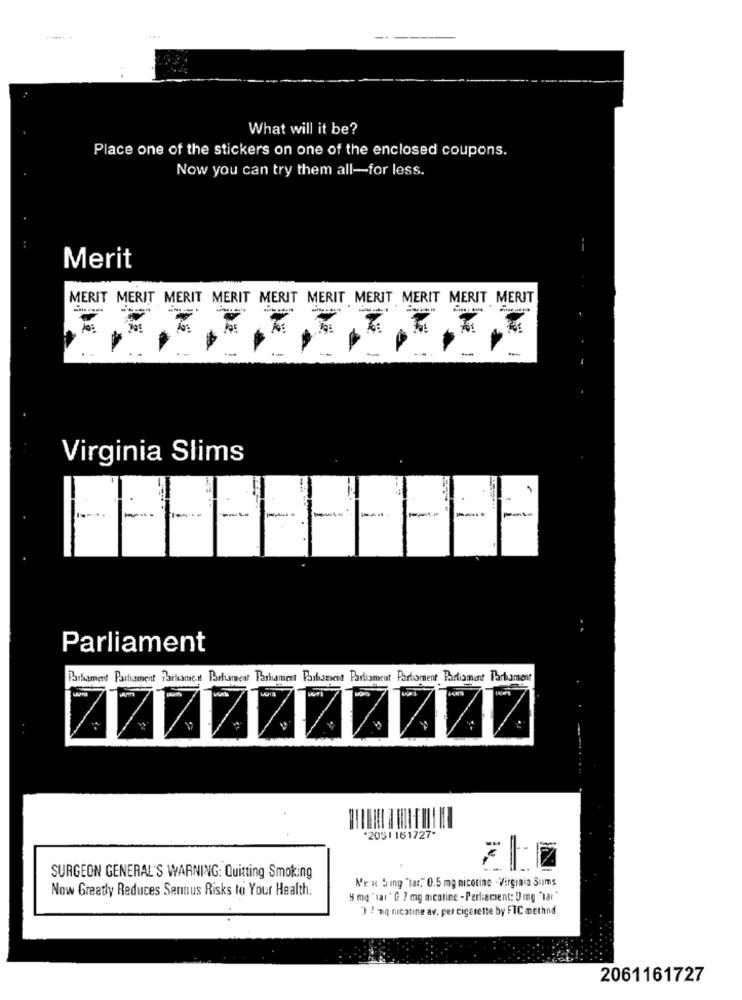
---
What will it be?
Place one of the stickers on one of the enclosed coupons.
Now you can try them all-for less.
--
Merit
MERIT MERIT MERIT MERIT MERIT MERIT MERIT MERIT MERIT MERIT
--
--
-
Virginia Slims
Parliament
Parhament Parhament Parlament Parhament Parhamert Parhamest Parliament Parliament Parliament Parlament
*2051 161727-
SURGEON GENERAL'S WARNING: Quitting Smoking
Men Sing "tar." 0.5 mg nicotine - Virginia Sims
Now Greatly Reduces Sernus Risks to Your Health.
5 mg' tar" [ 7 mg mcotine - Perliecient: 5 mg "lar"
) ? og nicotine av. per cigarette by FTC methnd
2061161727